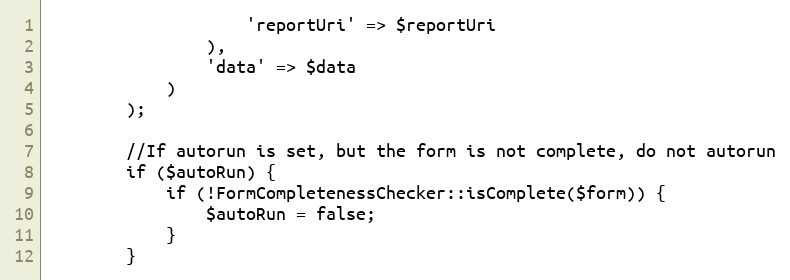
Language: PHP
                    'reportUri' => $reportUri
                ),
                'data' => $data
            )
        );

        //If autorun is set, but the form is not complete, do not autorun
        if ($autoRun) {
            if (!FormCompletenessChecker::isComplete($form)) {
                $autoRun = false;
            }
        }